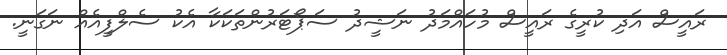
ރައީސް އަދި ކުރީގެ ރައީސް މުހައްމަދު ނަޝީދު ސަޕޯޓަރުންތަކަކާ އެކު ސެލްފީއެއް ނަގަނީ.